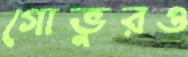
গোভুরও